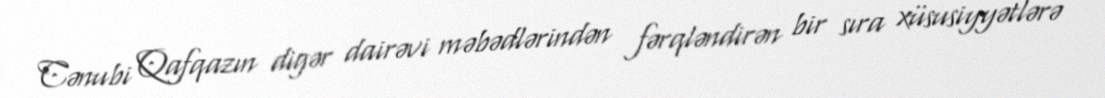
Cənubi Qafqazın digər dairəvi məbədlərindən fərqləndirən bir sıra xüsusiyyətlərə